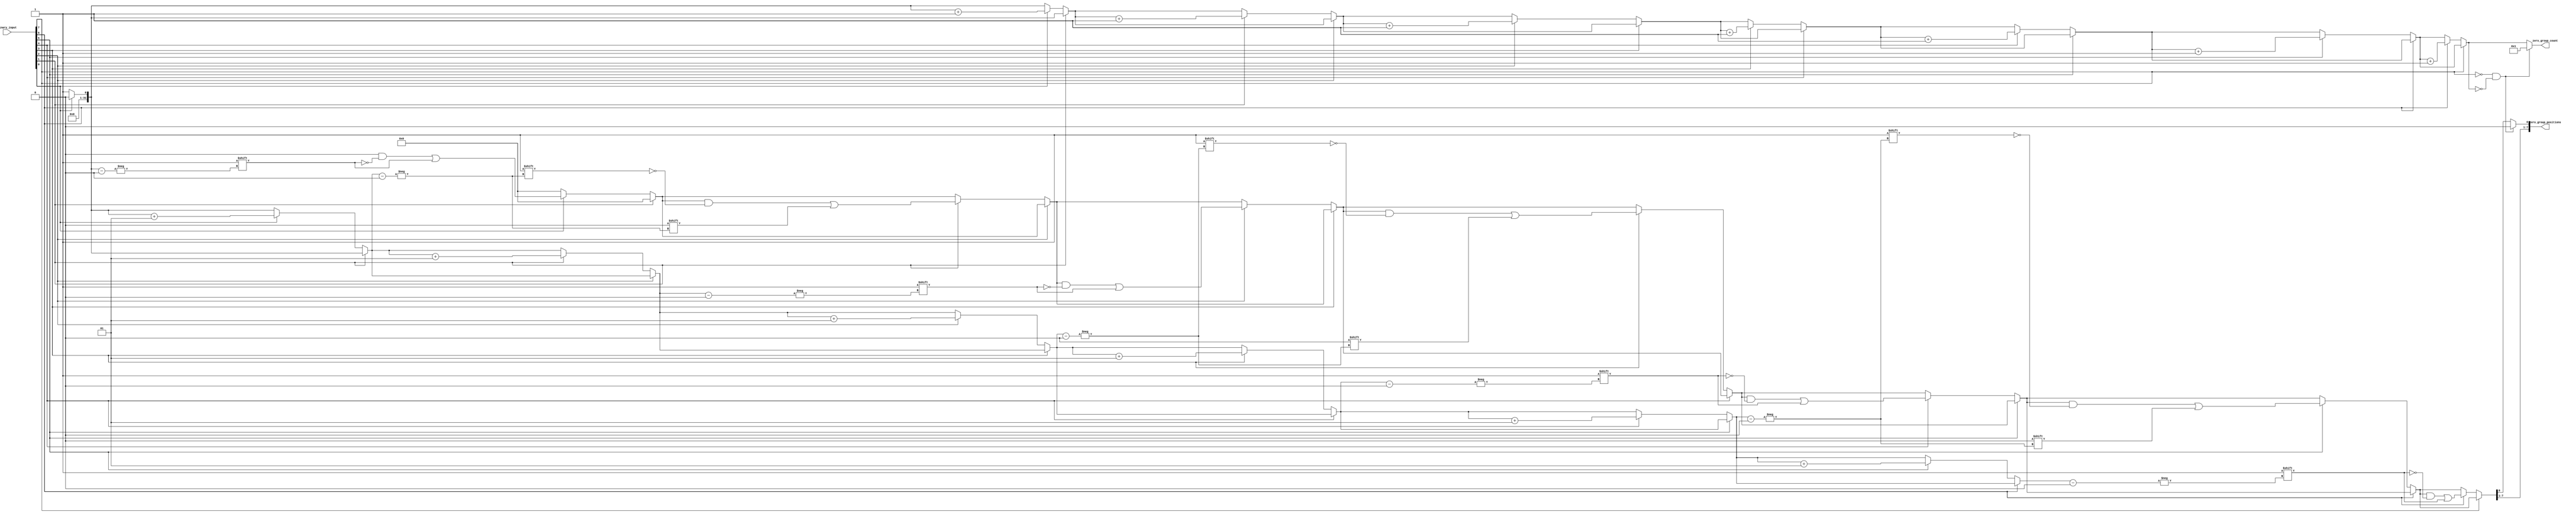
module zero_grouping (
    input  wire [N-1:0] binary_input, // N-bit binary input vector
    output reg  [31:0] zero_group_count, // Count of zero groups
    output reg  [N-1:0] zero_group_positions // Positions of zero groups
);

parameter N = 8; // Define N as per requirement

integer i;
integer position_index;

always @(*) begin
    // Initialize outputs
    zero_group_count = 0;
    zero_group_positions = 0;
    position_index = 0;

    // Traverse the input vector
    for (i = 0; i < N; i = i + 1) begin
        // Check for the start of a new group of zeros
        if (binary_input[i] == 0) begin
            // Check if it's the start of a group
            if (i == 0 || binary_input[i-1] == 1) begin
                // Record the position of the new group
                zero_group_positions[position_index] = i;
                position_index = position_index + 1;
                zero_group_count = zero_group_count + 1;
            end
        end
    end
    
    // If the last bit is zero, we need to account for the last group
    if (binary_input[N-1] == 0 && zero_group_count == 0) begin
        zero_group_count = 1;
        zero_group_positions[0] = 0;
    end
end

endmodule